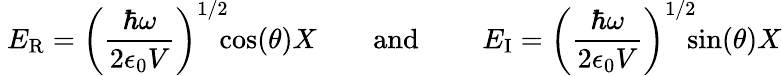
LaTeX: ~E_{\mathrm{{R}}}=\left({\frac{\hbar\omega}{2\epsilon_{0}V}}\right)^{1/2}\! \! \! \cos(\theta)X\qquad{\mathrm{and}}\qquad~E_{\mathrm{{I}}}=\left({\frac{\hbar\omega}{2\epsilon_{0}V}}\right)^{1/2}\! \! \! \sin(\theta)X